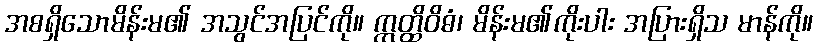
အစရှိသောမိန်းမ၏ အသွင်အပြင်ကို။ ဣတ္ထိဝိဓံ၊ မိန်းမ၏ကိုးပါး အပြားရှိသ မာန်ကို။